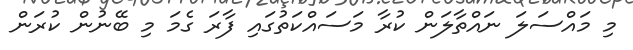
މި މައްސަލަ ނައްތާލަން ކުރާ މަސައްކަތުގައި ފާރަ ގެމަ މި ބޭނުން ކުރަން